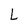
Character: L